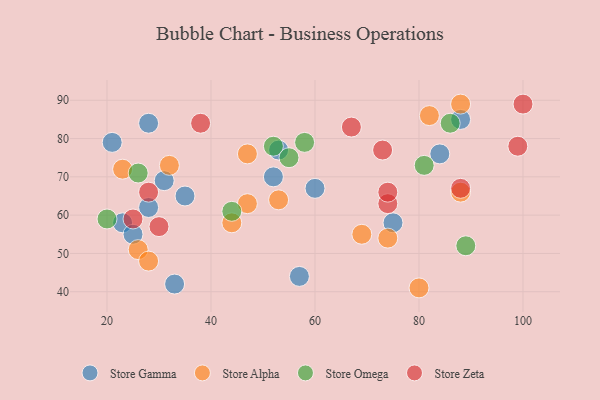
{"axis": {"x": "GDP", "y": "Life Expectancy"}, "legend": ["Store Alpha", "Store Gamma", "Store Omega", "Store Zeta"], "data": [{"x": "23", "y": 58, "type": "Store Gamma"}, {"x": "28", "y": 62, "type": "Store Gamma"}, {"x": "52", "y": 70, "type": "Store Gamma"}, {"x": "57", "y": 44, "type": "Store Gamma"}, {"x": "35", "y": 65, "type": "Store Gamma"}, {"x": "21", "y": 79, "type": "Store Gamma"}, {"x": "53", "y": 77, "type": "Store Gamma"}, {"x": "88", "y": 85, "type": "Store Gamma"}, {"x": "75", "y": 58, "type": "Store Gamma"}, {"x": "60", "y": 67, "type": "Store Gamma"}, {"x": "33", "y": 42, "type": "Store Gamma"}, {"x": "28", "y": 84, "type": "Store Gamma"}, {"x": "31", "y": 69, "type": "Store Gamma"}, {"x": "84", "y": 76, "type": "Store Gamma"}, {"x": "25", "y": 55, "type": "Store Gamma"}, {"x": "88", "y": 89, "type": "Store Alpha"}, {"x": "82", "y": 86, "type": "Store Alpha"}, {"x": "47", "y": 63, "type": "Store Alpha"}, {"x": "26", "y": 51, "type": "Store Alpha"}, {"x": "28", "y": 48, "type": "Store Alpha"}, {"x": "74", "y": 54, "type": "Store Alpha"}, {"x": "47", "y": 76, "type": "Store Alpha"}, {"x": "80", "y": 41, "type": "Store Alpha"}, {"x": "23", "y": 72, "type": "Store Alpha"}, {"x": "88", "y": 66, "type": "Store Alpha"}, {"x": "32", "y": 73, "type": "Store Alpha"}, {"x": "53", "y": 64, "type": "Store Alpha"}, {"x": "69", "y": 55, "type": "Store Alpha"}, {"x": "44", "y": 58, "type": "Store Alpha"}, {"x": "86", "y": 84, "type": "Store Omega"}, {"x": "20", "y": 59, "type": "Store Omega"}, {"x": "52", "y": 78, "type": "Store Omega"}, {"x": "55", "y": 75, "type": "Store Omega"}, {"x": "44", "y": 61, "type": "Store Omega"}, {"x": "81", "y": 73, "type": "Store Omega"}, {"x": "89", "y": 52, "type": "Store Omega"}, {"x": "26", "y": 71, "type": "Store Omega"}, {"x": "58", "y": 79, "type": "Store Omega"}, {"x": "88", "y": 67, "type": "Store Zeta"}, {"x": "67", "y": 83, "type": "Store Zeta"}, {"x": "99", "y": 78, "type": "Store Zeta"}, {"x": "100", "y": 89, "type": "Store Zeta"}, {"x": "74", "y": 63, "type": "Store Zeta"}, {"x": "30", "y": 57, "type": "Store Zeta"}, {"x": "73", "y": 77, "type": "Store Zeta"}, {"x": "38", "y": 84, "type": "Store Zeta"}, {"x": "74", "y": 66, "type": "Store Zeta"}, {"x": "28", "y": 66, "type": "Store Zeta"}, {"x": "25", "y": 59, "type": "Store Zeta"}]}